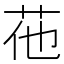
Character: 𦭟